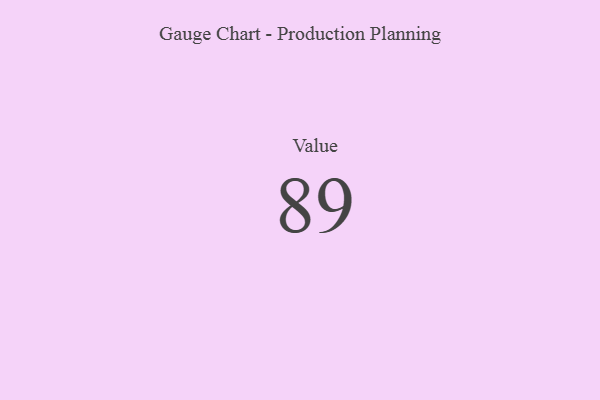
{"axis": {"x": "Metric", "y": "Value"}, "legend": [""], "data": [{"x": "Value", "y": 89, "type": ""}]}